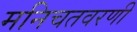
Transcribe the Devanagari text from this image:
मनिचतवरणी